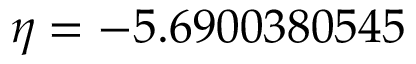
\eta = - 5 . 6 9 0 0 3 8 0 5 4 5